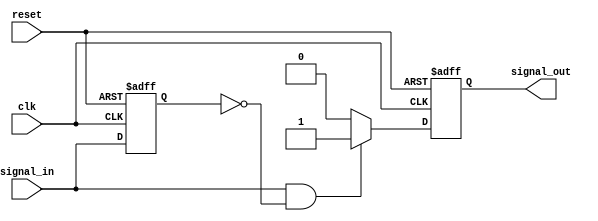
module edge_detector (
    input wire clk,          // Clock signal
    input wire reset,        // Reset signal
    input wire signal_in,    // Input signal
    output reg signal_out     // Output signal
);

    reg previous_state;      // Memory element to store the previous state of signal_in

    // Synchronous process
    always @(posedge clk or posedge reset) begin
        if (reset) begin
            previous_state <= 1'b0; // Initialize previous state to 0 on reset
            signal_out <= 1'b0;      // Initialize output to 0 on reset
        end else begin
            // Edge detection logic
            if (signal_in == 1'b1 && previous_state == 1'b0) begin
                signal_out <= 1'b1;   // Rising edge detected, set output high
            end else begin
                signal_out <= 1'b0;   // No rising edge, set output low
            end
            
            // Update previous state
            previous_state <= signal_in; // Store current state for next clock cycle
        end
    end

endmodule